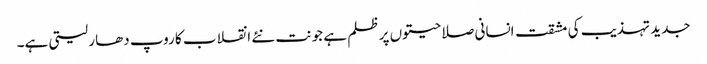
جدید تہذیب کی مشقت انسانی صلاحیتوں پر ظلم ہے جو نت نئے انقلاب کا روپ دھار لیتی ہے۔